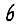
Digit: 6